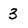
Character: 3